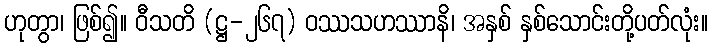
ဟုတွာ၊ ဖြစ်၍။ ဝီသတိ (ဋ္ဌ-၂၆၇) ဝဿသဟဿာနိ၊ အနှစ် နှစ်သောင်းတို့ပတ်လုံး။